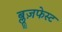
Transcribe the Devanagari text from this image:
ब्लूज़फेस्ट